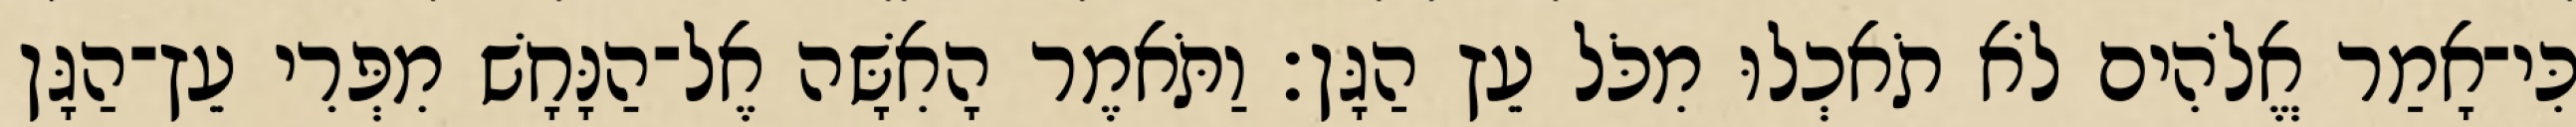
כִּי־אָמַר אֱלֹהִים לֹא תֹאכְלוּ מִכֹּל עֵץ הַגָּן׃ וַתֹּאמֶר הָאִשָּׁה אֶל־הַנָּחָשׁ מִפְּרִי עֵץ־הַגָּן